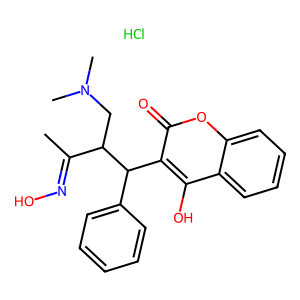
SMILES: CC(=NO)C(CN(C)C)C(c1ccccc1)c1c(O)c2ccccc2oc1=O.Cl
Inhibits HIV replication: No